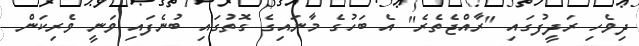
ދިވެހި ރަދީފުގައި "ރާއްޖެތެރެ" އެ ބަހުގެ މާނައިގެ ގޮތުގައި ބުނެފައި ވަނީ ވެރިކަން